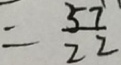
= \frac { 5 7 } { 2 2 }